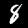
Label: 8